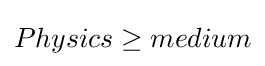
Physics\geq medium